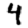
Digit: 4